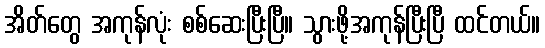
အိတ်တွေ အကုန်လုံး စစ်ဆေးပြီးပြီ။ သွားဖို့အကုန်ပြီးပြီ ထင်တယ်။